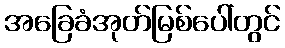
အခြေခံအုတ်မြစ်ပေါ်တွင်